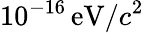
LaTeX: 10^{-16}\, \textrm{eV}/c^{2}